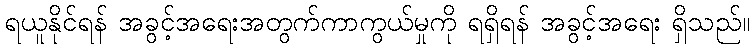
ရယူနိုင်ရန် အခွင့်အရေးအတွက်ကာကွယ်မှုကို ရရှိရန် အခွင့်အရေး ရှိသည်။